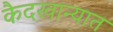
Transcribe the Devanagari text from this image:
कैदखान्यात